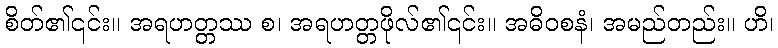
စိတ်၏၎င်း။ အရဟတ္တဿ စ၊ အရဟတ္တဖိုလ်၏၎င်း။ အဓိဝစနံ၊ အမည်တည်း။ ဟိ၊